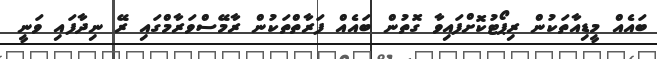
ބައެއް މީޑިއާތަކުން ރިޕޯޓުކޮށްފައިވާ ގޮތުން ބައެއް ފަރާތްތަކުން ރާމޭސްވަރާމްގައި ރޭ ނިދާފައި ވަނީ